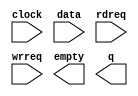
module fifo (
	clock,
	data,
	rdreq,
	wrreq,
	empty,
	q);

	input	  clock;
	input	[7:0]  data;
	input	  rdreq;
	input	  wrreq;
	output	  empty;
	output	[7:0]  q;

endmodule